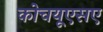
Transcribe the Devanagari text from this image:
कोचयूएसए